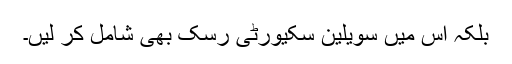
بلکہ اس میں سویلین سکیورٹی رسک بھی شامل کر لیں۔